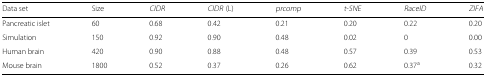
| Data set | Size | CIDR | CIDR (L) | prcomp | t-SNE | RaceID | ZIFA |
 | --- | --- | --- | --- | --- | --- | --- | --- |
 | Pancreatic islet | 60 | 0.68 | 0.42 | 0.21 | 0.20 | 0.22 | 0.20 |
 | Simulation | 150 | 0.92 | 0.90 | 0.48 | 0.02 | 0 | 0.00 |
 | Human brain | 420 | 0.90 | 0.88 | 0.48 | 0.57 | 0.39 | 0.53 |
 | Mouse brain | 1800 | 0.52 | 0.37 | 0.26 | 0.62 | 0.37a | 0.32 |